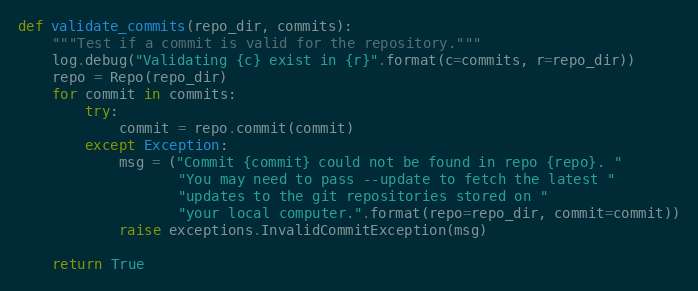
Language: Python
def validate_commits(repo_dir, commits):
    """Test if a commit is valid for the repository."""
    log.debug("Validating {c} exist in {r}".format(c=commits, r=repo_dir))
    repo = Repo(repo_dir)
    for commit in commits:
        try:
            commit = repo.commit(commit)
        except Exception:
            msg = ("Commit {commit} could not be found in repo {repo}. "
                   "You may need to pass --update to fetch the latest "
                   "updates to the git repositories stored on "
                   "your local computer.".format(repo=repo_dir, commit=commit))
            raise exceptions.InvalidCommitException(msg)

    return True